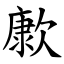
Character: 㱂